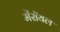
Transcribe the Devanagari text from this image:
मेंरॉयल